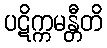
ပဋိက္ကမန္တီတိ